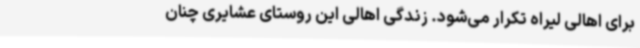
برای اهالی لیراه تکرار می‌شود. زندگی اهالی این روستای عشایری چنان